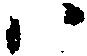
ハ